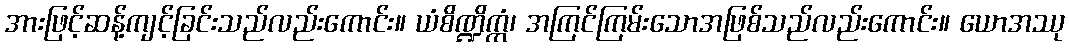
အားဖြင့်ဆန့်ကျင့်ခြင်းသည်လည်းကောင်း။ ယံစိဏ္ဍိက္ကံ၊ အကြင်ကြမ်းသောအဖြစ်သည်လည်းကောင်း။ ယောအဿု